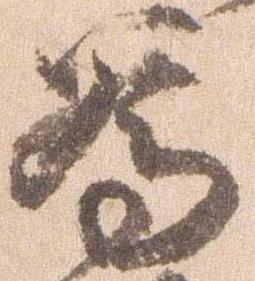
為